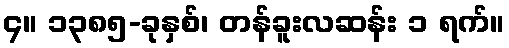
၄။ ၁၃၈၅-ခုနှစ်၊ တန်ခူးလဆန်း ၁ ရက်။